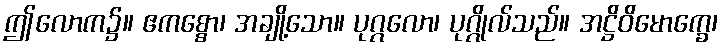
ဤလောက၌။ ဧကစ္စော၊ အချို့သော။ ပုဂ္ဂလော၊ ပုဂ္ဂိုလ်သည်။ အဋ္ဌိဝိမောက္ခေ၊